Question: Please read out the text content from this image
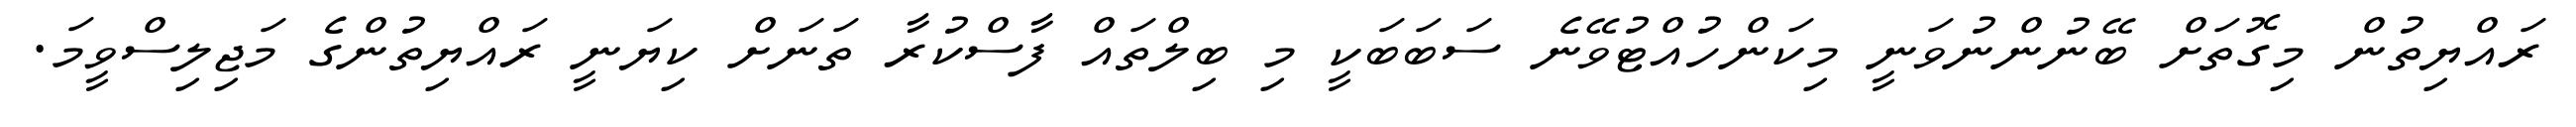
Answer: ރައްޔިތުން މިގޮތަށް ބޭނުންނުވަނީ މިކަންހުއްޓުވޭނެ ސަބަބަކީ މި ބިލްތައް ފާސްކުރާ ތަނަށް ކިޔަނީ ރައްޔިތުންގެ މަޖިލިސްވީމަ.